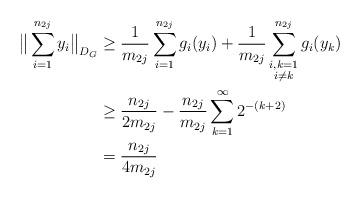
LaTeX: \begin{align*}\big\|\sum_{i=1}^{n_{2j}}y_i\big\|_{D_G}&\geq\frac{1}{m_{2j}}\sum_{i=1}^{n_{2j}}g_i(y_i)+\frac{1}{m_{2j}}\sum_{\substack{i,k=1\\ i\neq k}}^{n_{2j}}g_i(y_k)\\&\geq\frac{n_{2j}}{2m_{2j}}-\frac{n_{2j}}{m_{2j}}\sum_{k=1}^\infty 2^{-(k+2)}\\&=\frac{n_{2j}}{4m_{2j}}\end{align*}